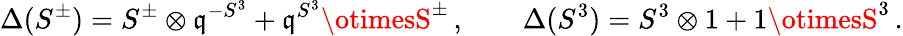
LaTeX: \Delta(S^{\pm})=S^{\pm}\otimes\mathfrak{q}^{-S^{3}}+\mathfrak{q}^{S^{3}}\otimesS^{\pm}\, ,\qquad\Delta(S^{3})=S^{3}\otimes1+1\otimesS^{3}\, .